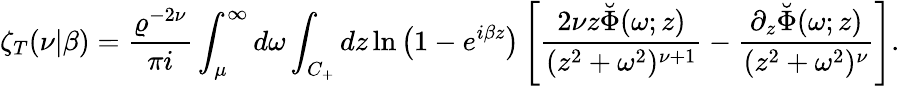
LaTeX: \zeta_{T}(\nu|\beta)={\frac{\varrho^{-2\nu}}{\pi i}}\int_{\mu}^{\infty}d\omega\int_{C_{+}}dz\ln\left(1-e^{i\beta z}\right)\left[{\frac{2\nu z\breve{\Phi}(\omega;z)}{(z^{2}+\omega^{2})^{\nu+1}}}-{\frac{\partial_{z}\breve{\Phi}(\omega;z)}{(z^{2}+\omega^{2})^{\nu}}}\right].